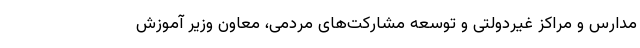
مدارس و مراکز غیردولتی و توسعه مشارکت‌های مردمی، معاون وزیر آموزش